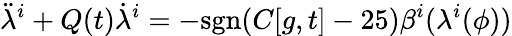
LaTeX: {\ddot{\lambda}}^{i}+Q(t){\dot{\lambda}}^{i}=-\mathrm{sgn}(C[g,t]-25)\beta^{i}(\lambda^{i}(\phi))